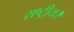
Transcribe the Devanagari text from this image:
राष्ट्रीय।